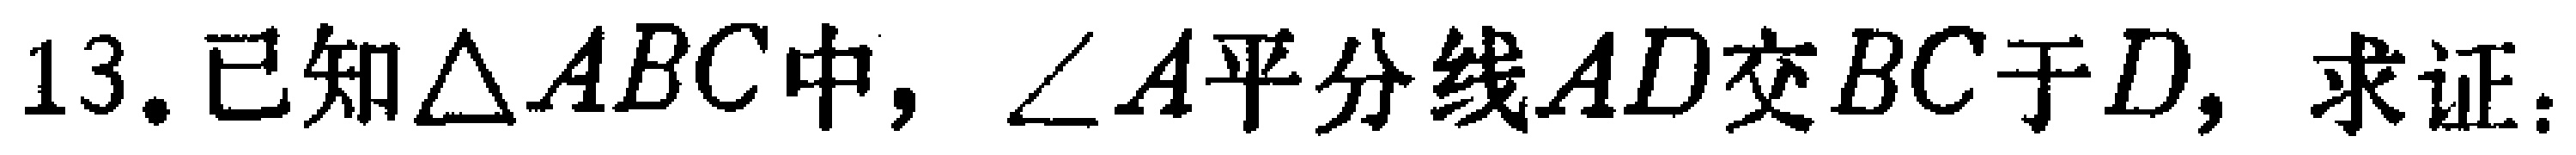
13. 已知$\triangle ABC$中，$\angle A$平分线$AD$交$BC$于$D$，求证：